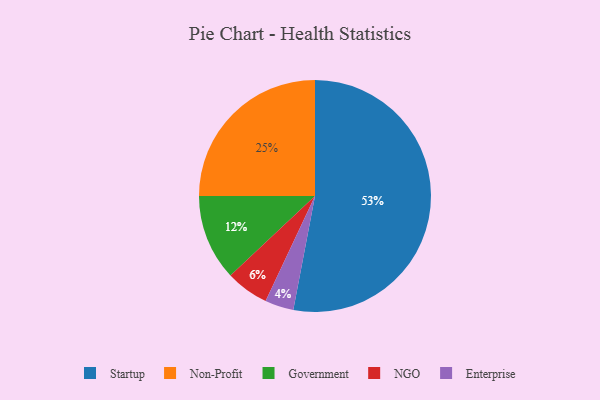
{"axis": {"x": "Category", "y": "Percentage"}, "legend": ["Enterprise", "Government", "NGO", "Non-Profit", "Startup"], "data": [{"x": "Non-Profit", "y": 25, "type": "Non-Profit"}, {"x": "NGO", "y": 6, "type": "NGO"}, {"x": "Government", "y": 12, "type": "Government"}, {"x": "Enterprise", "y": 4, "type": "Enterprise"}, {"x": "Startup", "y": 53, "type": "Startup"}]}